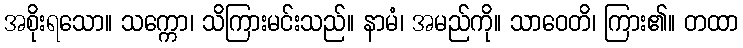
အစိုးရသော။ သက္ကော၊ သိကြားမင်းသည်။ နာမံ၊ အမည်ကို။ သာဝေတိ၊ ကြား၏။ တထာ